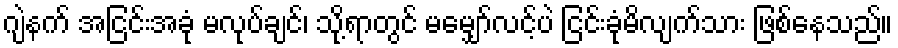
ဂျဲနက် အငြင်းအခုံ မလုပ်ချင်၊ သို့ရာတွင် မမျှော်လင့်ပဲ ငြင်းခုံမိလျက်သား ဖြစ်နေသည်။